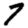
Digit: 7